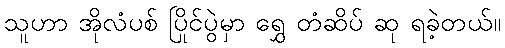
သူဟာ အိုလံပစ် ပြိုင်ပွဲမှာ ရွှေ တံဆိပ် ဆု ရခဲ့တယ်။